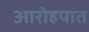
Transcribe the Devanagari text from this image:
आरोहपात